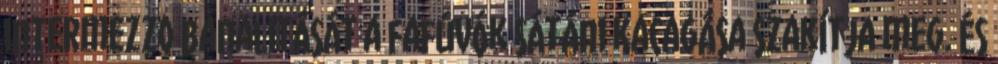
intermezzo banalitását a fafúvók sátáni kacagása szakítja meg. És